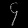
Digit: ၄